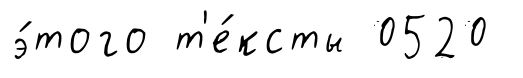
э́того т'е́ксты 0520